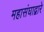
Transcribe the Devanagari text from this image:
महासंघाद्वारे